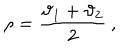
\rho = \displaystyle \frac { \vartheta _ { 1 } + \vartheta _ { 2 } } { 2 } \: ,